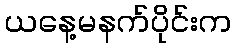
ယနေ့မနက်ပိုင်းက